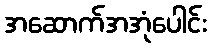
အဆောက်အအုံပေါင်း